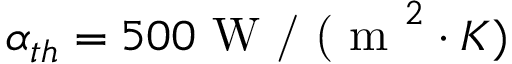
\alpha _ { t h } = 5 0 0 \textrm { W / ( m } ^ { 2 } \cdot K )